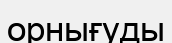
орнығуды